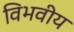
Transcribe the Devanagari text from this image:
विभवीय